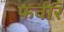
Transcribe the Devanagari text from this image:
फर्वरि